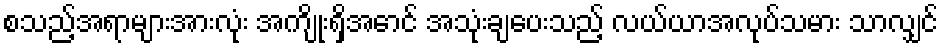
စသည့်အရာများအားလုံး အကျိုးရှိအောင် အသုံးချပေးသည့် လယ်ယာအလုပ်သမား သာလျှင်